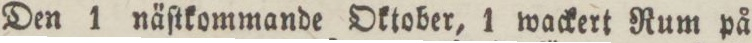
Den 1 näſtkommande Oktober, 1 wackert Rum på